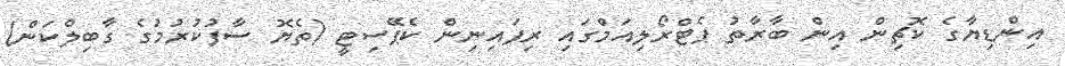
އިންޑިޔާގެ ކޮޗިން އިން ބާރާތު ޕެޓްރޯލިއަމްގައި ރިފައިނިން ކެޕޭސިޓީ (ތެޔޮ ސާފުކުރުމުގެ ގާބިލްކަން)